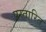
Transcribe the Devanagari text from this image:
प्रस्तारित